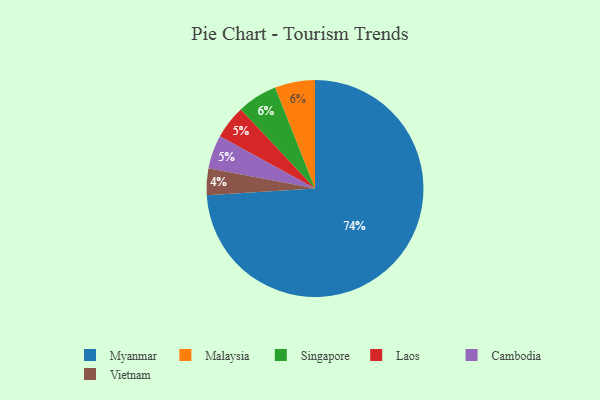
{"axis": {"x": "Category", "y": "Percentage"}, "legend": ["Cambodia", "Laos", "Malaysia", "Myanmar", "Singapore", "Vietnam"], "data": [{"x": "Laos", "y": 5, "type": "Laos"}, {"x": "Cambodia", "y": 5, "type": "Cambodia"}, {"x": "Malaysia", "y": 6, "type": "Malaysia"}, {"x": "Singapore", "y": 6, "type": "Singapore"}, {"x": "Myanmar", "y": 74, "type": "Myanmar"}, {"x": "Vietnam", "y": 4, "type": "Vietnam"}]}